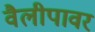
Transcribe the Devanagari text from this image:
वैलीपावर